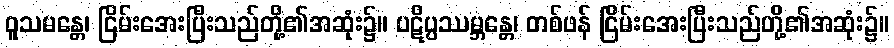
ဝူသမန္တေ၊ ငြိမ်းအေးပြီးသည်တို့၏အဆုံး၌။ ပဋိပ္ပဿမ္ဘန္တေ၊ တစ်ဖန် ငြိမ်းအေးပြီးသည်တို့၏အဆုံး၌။